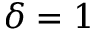
\delta = 1